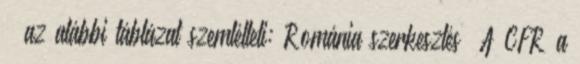
– az alábbi táblázat szemlélteti: Románia szerkesztés A CFR a